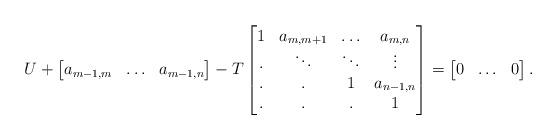
LaTeX: \begin{align*}U + \begin{bmatrix}a_{m-1,m} & \ldots & a_{m-1,n}\end{bmatrix}- T\begin{bmatrix}1 & a_{m,m+1} & \ldots & a_{m,n} \\. & \ddots & \ddots & \vdots \\. & . & 1 & a_{n-1,n} \\. & . & . & 1\end{bmatrix}=\begin{bmatrix}0 & \ldots & 0 \end{bmatrix}.\end{align*}